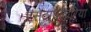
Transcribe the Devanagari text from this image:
एसेटाबुलारिया